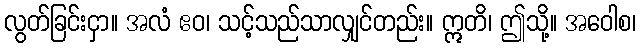
လွတ်ခြင်းငှာ။ အလံ ဧဝ၊ သင့်သည်သာလျှင်တည်း။ ဣတိ၊ ဤသို့။ အဝေါစ၊